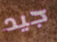
جيد